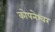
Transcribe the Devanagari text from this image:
कोपनेश्वर